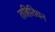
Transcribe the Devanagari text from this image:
ताहितियन